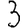
Digit: 3